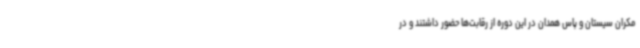
مکران سیستان و پاس همدان در این دوره از رقابت‌ها حضور داشتند و در